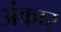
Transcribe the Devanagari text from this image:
अंकार